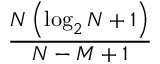
\frac { N \left( \log _ { 2 } N + 1 \right) } { N - M + 1 }